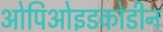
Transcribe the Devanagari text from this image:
ओपिओइडकोडीन